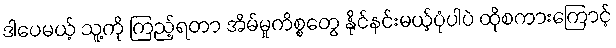
ဒါပေမယ့် သူ့ကို ကြည့်ရတာ အိမ်မှုကိစ္စတွေ နိုင်နင်းမယ့်ပုံပါပဲ ထိုစကားကြောင့်